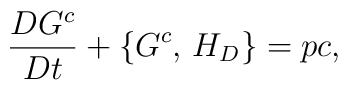
\frac{D G^c}{D t} + \{ G^c,\, H_D \} = pc,